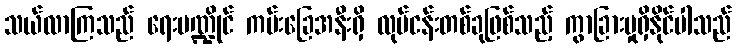
သယ်လာကြသည် ရေးမဏ္ဍိုင် ကမ်းခြေအနီးရှိ လုပ်ငန်းတစ်ခုဖြစ်သည့် ကွာခြားမှုရှိနိုင်ပါသည်